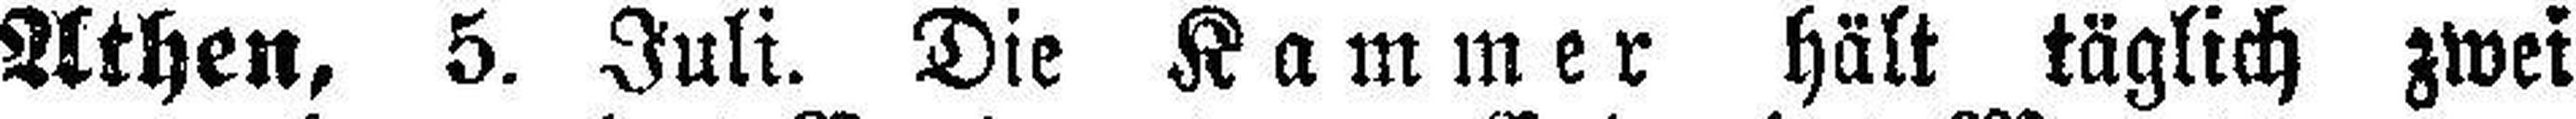
Athen, 5. Juli. Die Kammer hält täglich zwei